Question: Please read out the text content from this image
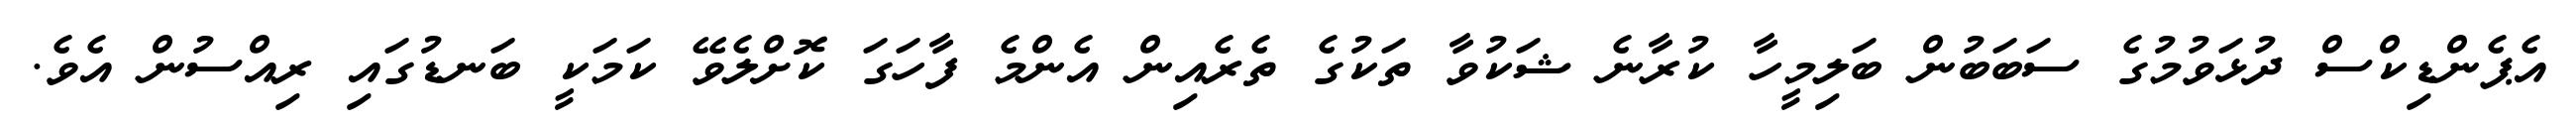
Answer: އެޕެންޑިކްސް ދުޅަވުމުގެ ސަބަބުން ބަލިމީހާ ކުރާނެ ޝަކުވާ ތަކުގެ ތެރެއިން އެންމެ ފާހަގަ ކޮށްލެވޭ ކަމަކީ ބަނޑުގައި ރިއްސުން އެވެ.